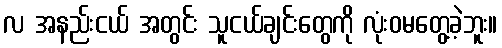
လ အနည်းငယ် အတွင်း သူငယ်ချင်းတွေကို လုံးဝမတွေ့ခဲ့ဘူး။